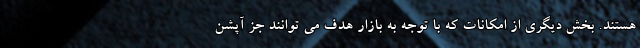
هستند. بخش دیگری از امکانات که با توجه به بازار هدف می توانند جز آپشن